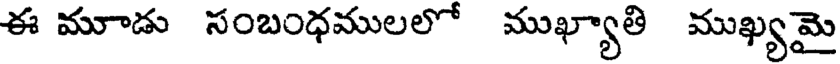
ఈ మూడు సంబంధములలో ముఖ్యాతి ముఖ్యమై